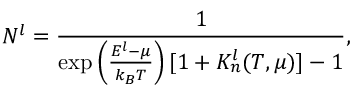
N _ { } ^ { l } = \frac { 1 } { \exp \left( \frac { E ^ { l } - \mu } { k _ { B } T } \right) [ 1 + K _ { n } ^ { l } ( T , \mu ) ] - 1 } ,